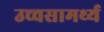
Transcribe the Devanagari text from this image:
उच्चसामर्थ्य